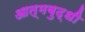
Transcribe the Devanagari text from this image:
आत्मबुद्धी